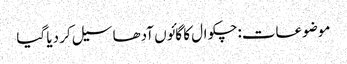
موضوعات:چکوال کا گائوں آدھا سیل کر دیا گیا